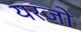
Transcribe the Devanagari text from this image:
यरजो